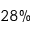
2 8 \%